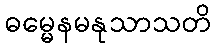
ဓမ္မေနမနုသာသတိ